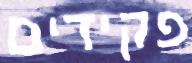
פקידים